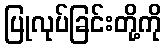
ပြုလုပ်ခြင်းတို့ကို